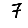
Digit: 7